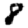
Digit: 8